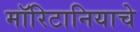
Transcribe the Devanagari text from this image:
मॉरिटानियाचे